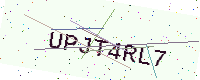
Text: UPJT4RL7